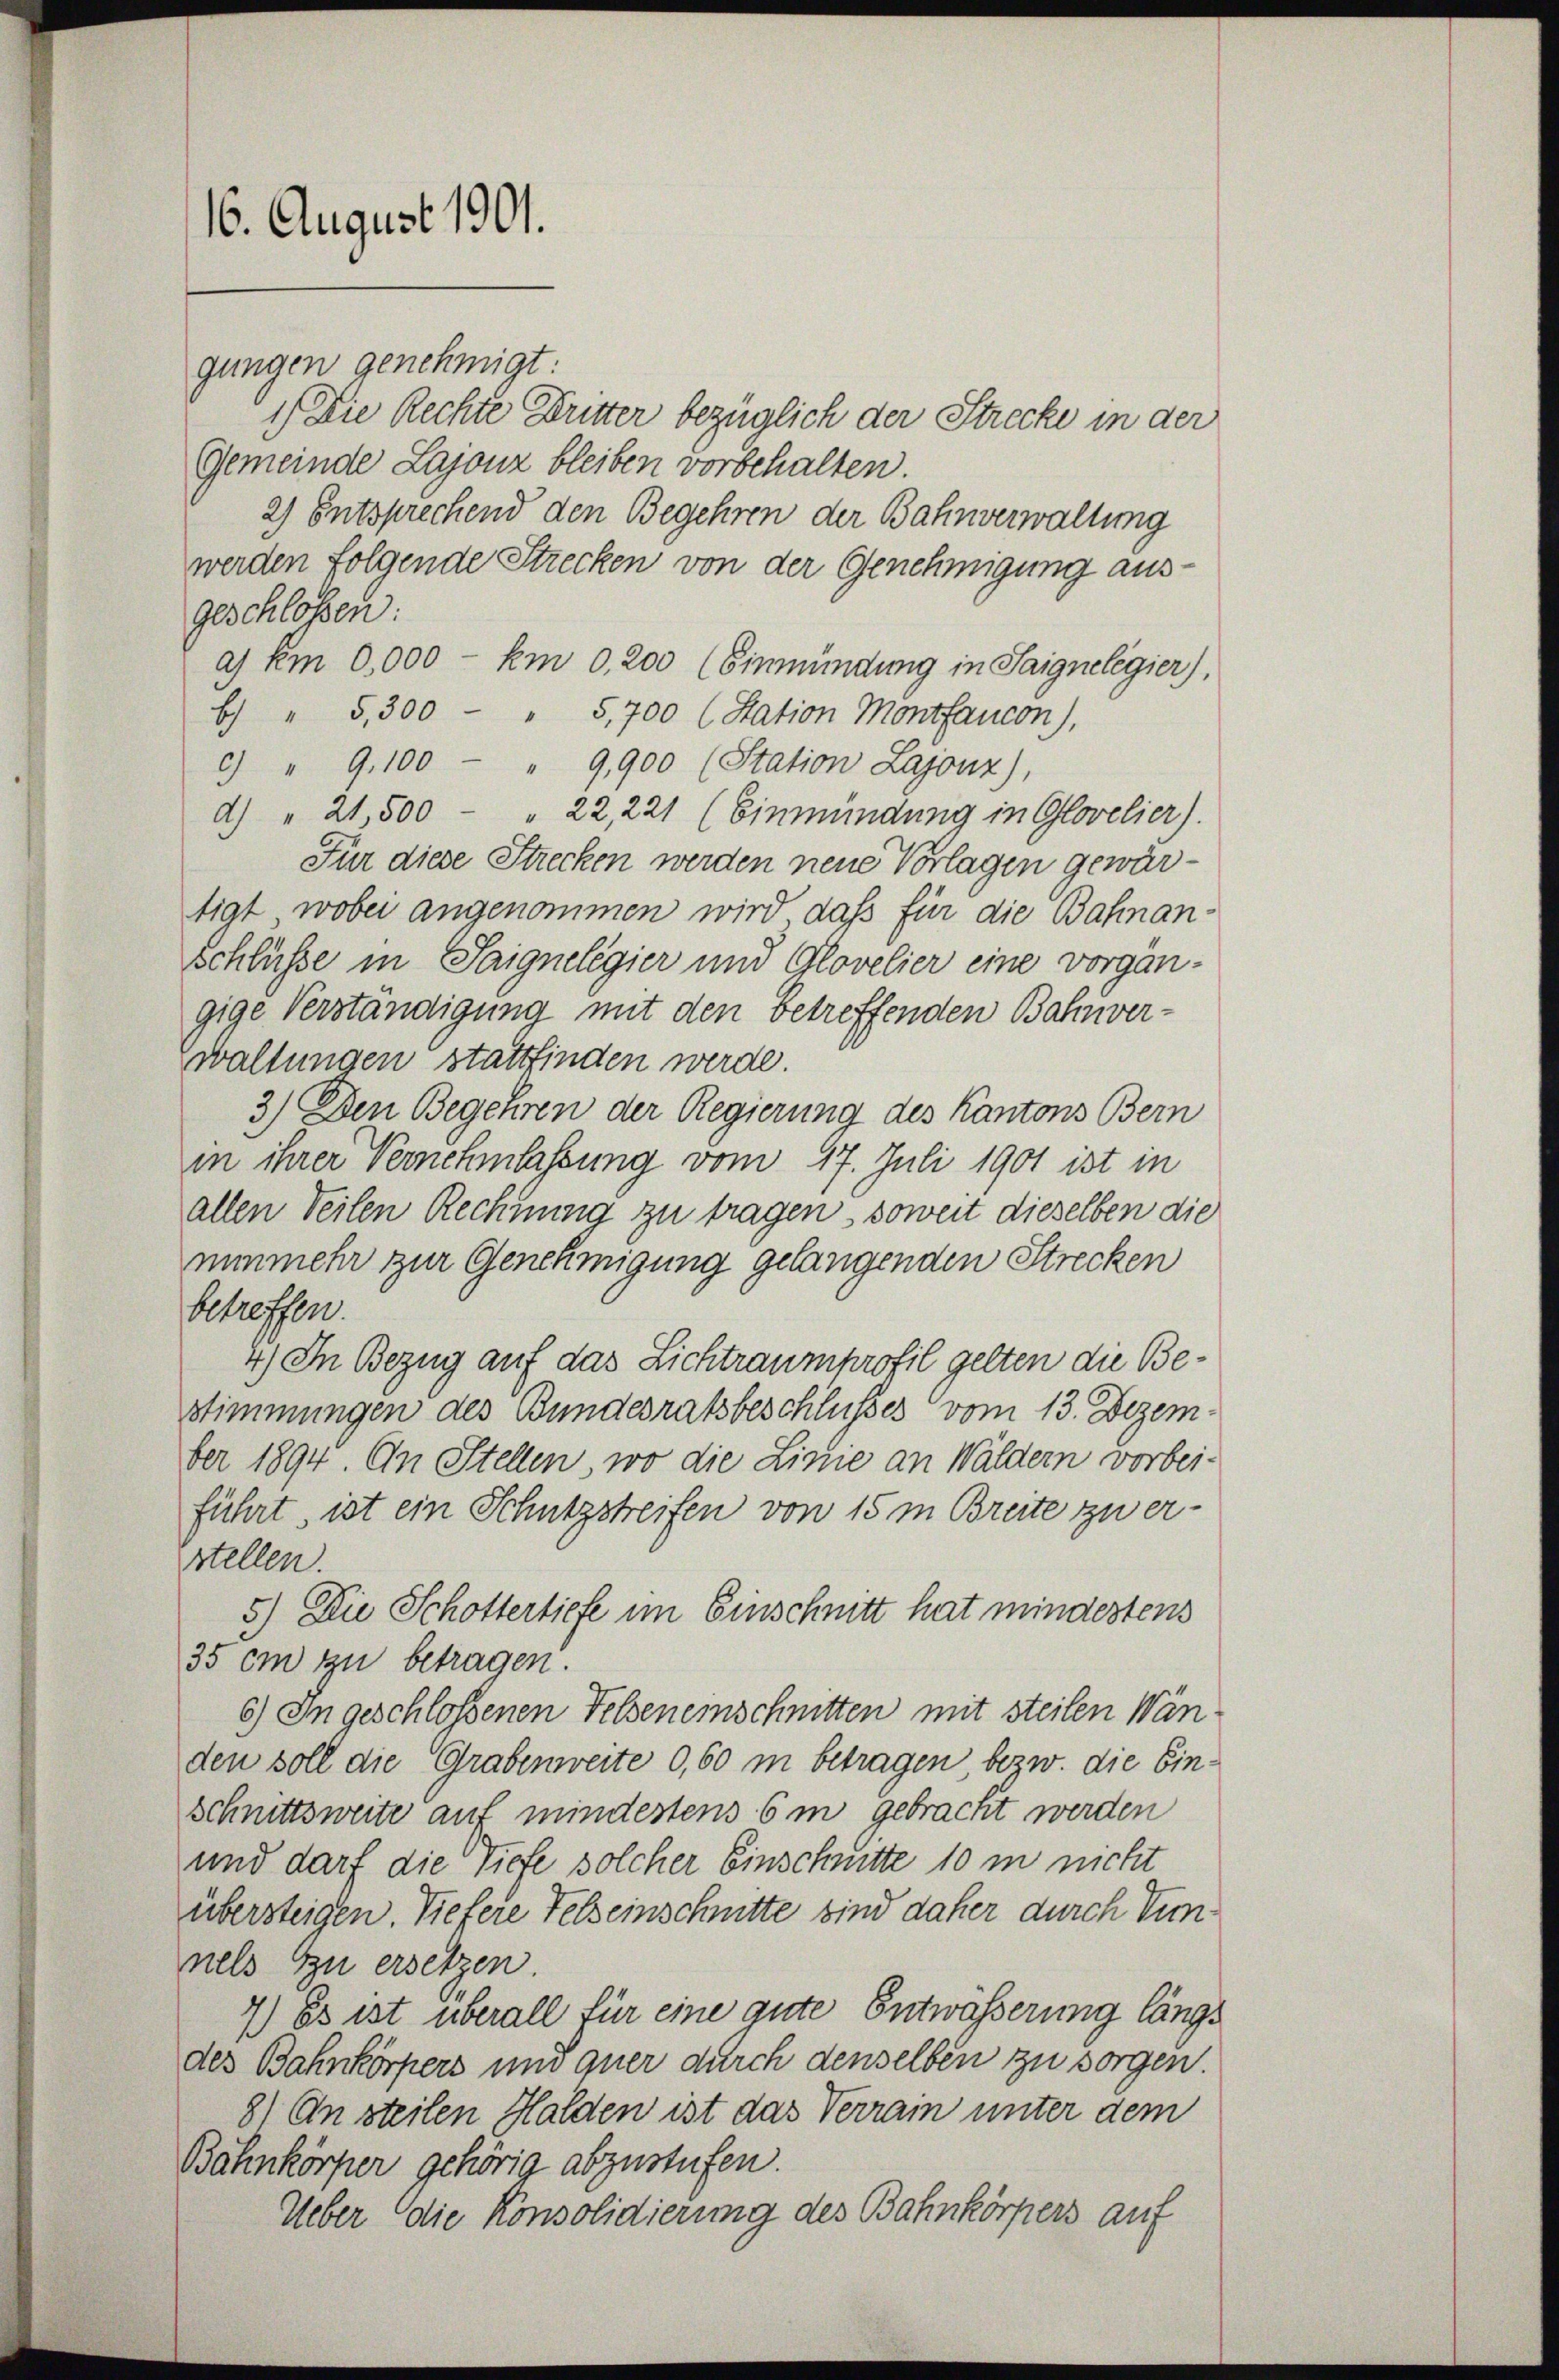
16. August 1901.

gungen genehmigt:
1.) Die Rechte Dritter bezüglich der Strecke in der
Gemeinde Lajonz bleiben vorbehalten.
2) Entsprechend den Begehren der Bahnverwaltung
werden folgende Strecken von der Genehmigung ausgeschloßen:
a) km 0,000 - km 0,200 (Einmündung in Saignelegier),
b) " 5,300 - " 5,700 (Station Montfaucon),
c) " 9,100 " 9900 (Station Lajonz),
d) " 21,500 " 22, 221 (Einmündung in Glovelier).
Für diese Strecken werden neue Vorlagen gewärtigt, wobei angenommen wird, daß für die Bahnan
Schlüsse in Saignelegier und Glovelier eine vorgängige Verständigung mit den betreffenden Bahnver-
waltungen stattfinden werde.
3.) Den Begehren der Regierung des Kantons Bern
in ihrer Vernehmlassung vom 17. Juli 1901 ist in
allen Teilen Rechnung zu tragen, soweit dieselben die
nunmehr zur Genehmigung gelangenden Strecken
betreffen.
4) In Bezug auf das Lichtraumprofil gelten die Bestimmungen des Bundesratsbeschlusses vom 13. Dezem
ber 1894. An Stellen, wo die Linie an Wäldern vorbei-
führt, ist ein Schutzstreifen von 15 m Breite zu er-
stellen.
5.) Die Schottertiefe im Einschnitt hat mindestens
35 cm zu betragen.
6) In geschlossenen Felseneinschnitten mit steilen Wän
den soll die Grabenweite 0,60 in betragen, bezw. die Einschnittsweite auf mindestens 6 in gebracht werden
und darf die Tiefe solcher Einschnitte 10 in nicht
übersteigen. Viefere Felseinschnitte sind daher durch Vumnels zu ersetzen.
7.) Es ist überall für eine aute Entwässerung längs
des Bahnkörpers und quer durch denselben zu sorgen.
8) An steilen Halden ist das Verrain unter dem
Bahnkörper gehörig abzustufen.
Ueber die Konsolidierung des Bahnkörpers auf